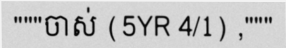
"""ចាស់ (5YR 4/1) ,"""